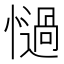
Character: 𢣄